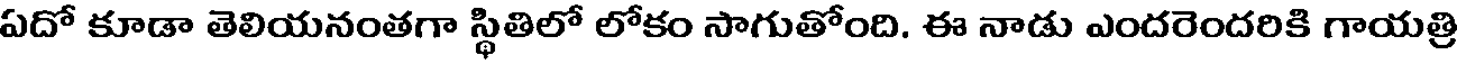
ఏదో కూడా తెలియనంతగా స్థితిలో లోకం సాగుతోంది. ఈ నాడు ఎందరెందరికి గాయత్రి